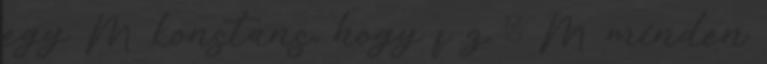
egy M konstans, hogy f z ≤ M minden